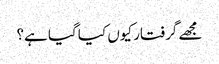
مجھے گرفتار کیوں کیا گیا ہے؟